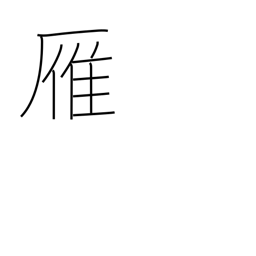
Meaning: wild goose